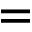
=